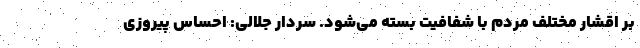
بر اقشار مختلف مردم با شفافیت بسته می‌شود. سردار جلالی: احساس پیروزی